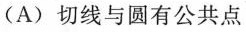
(A)切线与圆有公共点